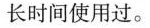
长时间使用过。